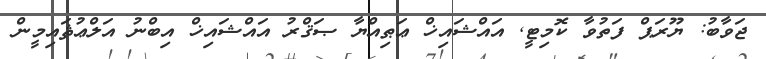
ޖަވާބު: ޔޫރަޕް ފަތުވާ ކޮމިޓީ